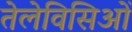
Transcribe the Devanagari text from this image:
तेलेविसिओं